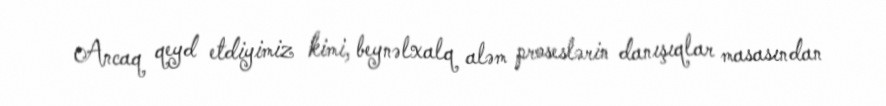
Ancaq qeyd etdiyimiz kimi, beynəlxalq aləm proseslərin danışıqlar masasından